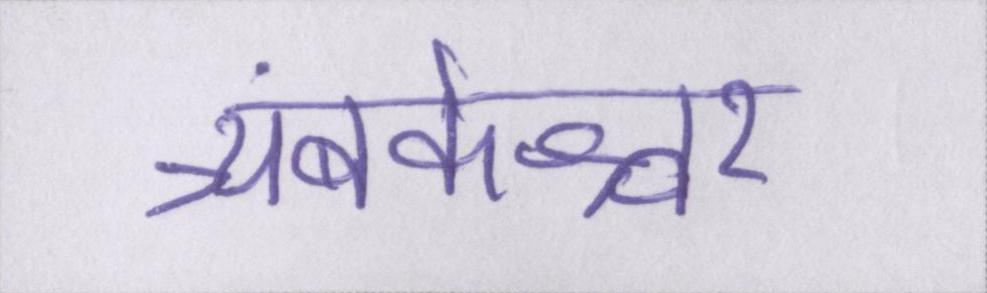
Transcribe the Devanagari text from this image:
त्र्यंबकेश्वर